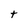
Character: t